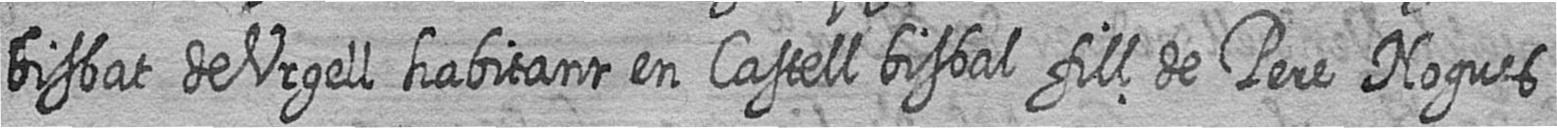
bisbat de Urgell habitant en Castell bisbal fill de Pere Nogues